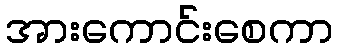
အားကောင်းစေကာ